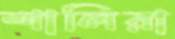
শালিরা